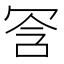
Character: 𫤺